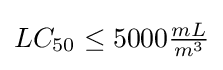
LC_{50}\leq 5000{\tfrac {mL}{m^{3}}}